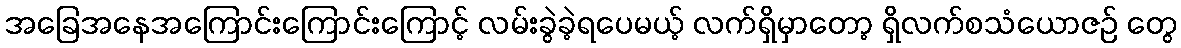
အခြေအနေအကြောင်းကြောင်းကြောင့် လမ်းခွဲခဲ့ရပေမယ့် လက်ရှိမှာတော့ ရှိလက်စသံယောဇဉ် တွေ